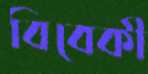
বিবেকী